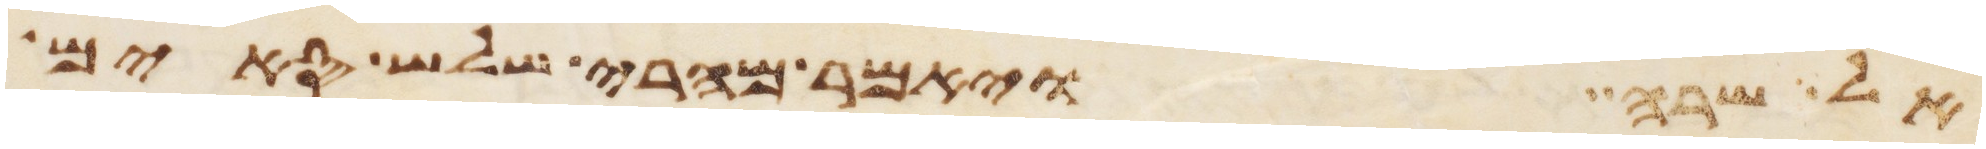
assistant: אל שרה ויאמר מהרי שלש סים